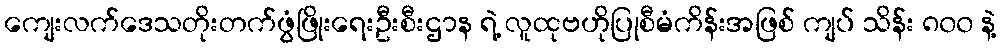
ကျေးလက်ဒေသတိုးတက်ဖွံဖြိုးရေးဦးစီးဌာန ရဲ့ လူထုဗဟိုပြုစီမံကိန်းအဖြစ် ကျပ် သိန်း ၈၀၀ နဲ့